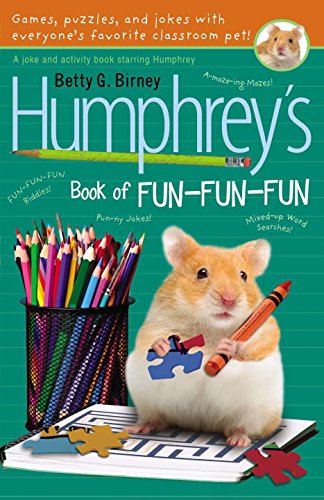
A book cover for Humphrey's Book of Fun Fun Fun; Betty G. Birney; Children's Books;